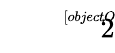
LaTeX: \sqrt[[objectObject]]{2}